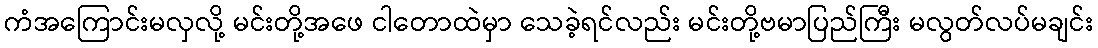
ကံအကြောင်းမလှလို့ မင်းတို့အဖေ ငါတောထဲမှာ သေခဲ့ရင်လည်း မင်းတို့ဗမာပြည်ကြီး မလွတ်လပ်မချင်း